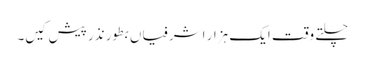
چلتے وقت ایک ہزار اشرفیاں بطور نذر پیش کیں۔